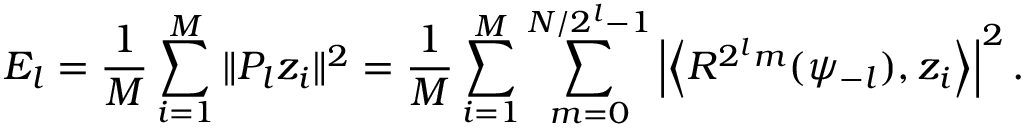
E _ { l } = \frac { 1 } { M } \sum _ { i = 1 } ^ { M } \| P _ { l } z _ { i } \| ^ { 2 } = \frac { 1 } { M } \sum _ { i = 1 } ^ { M } \sum _ { m = 0 } ^ { N / 2 ^ { l } - 1 } \left\vert \left\langle R ^ { 2 ^ { l } m } ( \psi _ { - l } ) , z _ { i } \right\rangle \right\vert ^ { 2 } .